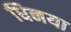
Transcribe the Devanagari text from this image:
धिनया